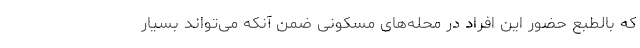
که بالطبع حضور این افراد در محله‌های مسکونی ضمن آنکه می‌تواند بسیار